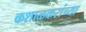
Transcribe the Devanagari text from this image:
कशाळकरांच्या